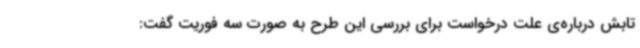
تابش درباره‌ی علت درخواست برای بررسی این طرح به صورت سه فوریت گفت: